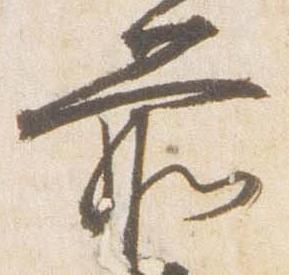
前